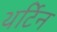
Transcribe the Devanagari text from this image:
थर्टिन